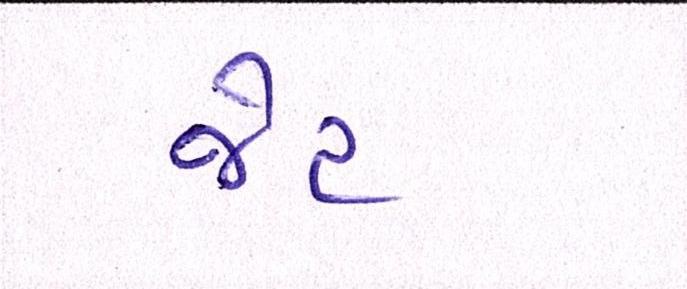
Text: જેટ